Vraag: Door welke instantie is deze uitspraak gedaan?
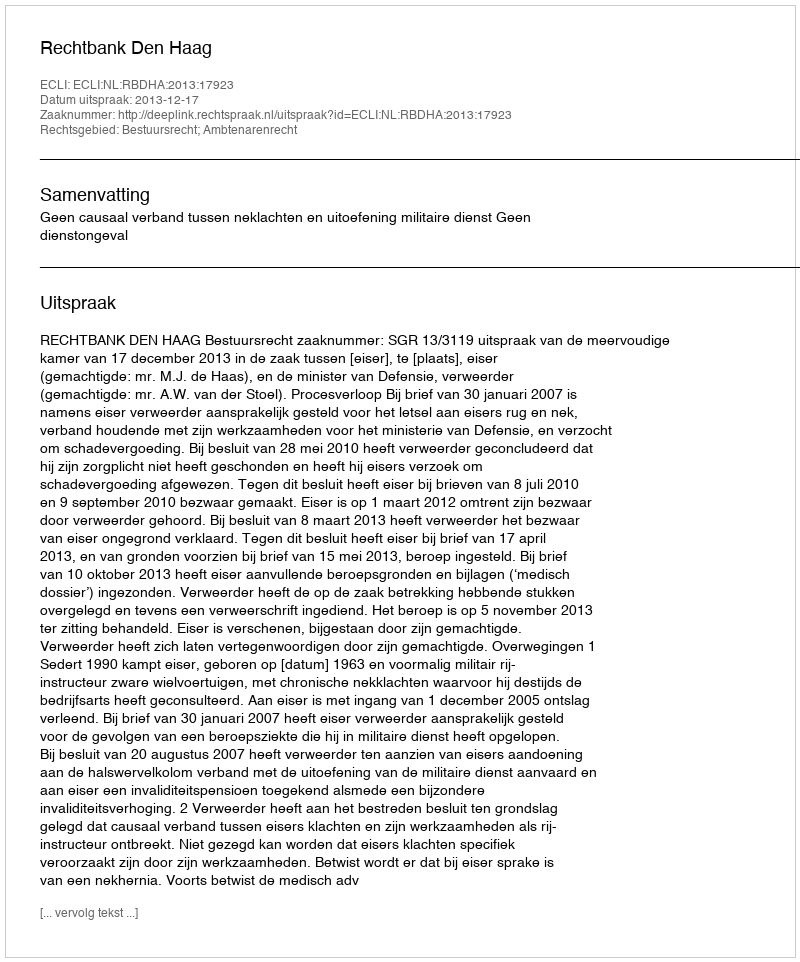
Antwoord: Rechtbank Den Haag